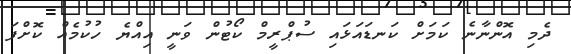
ދެމި އޮންނާނެ ކަމަށް ކަނޑައަޅައި ސުޕްރީމް ކޯޓުން ވަނީ އިއްޔެ ހުކުމެއް ކޮށްފަ